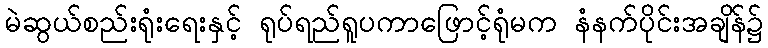
မဲဆွယ်စည်းရုံးရေးနှင့် ရုပ်ရည်ရူပကာဖြောင့်ရုံမက နံနက်ပိုင်းအချိန်၌